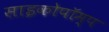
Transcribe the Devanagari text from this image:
साइकोपॉम्प